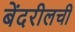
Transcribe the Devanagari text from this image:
बेंदरीलची